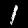
Digit: 1